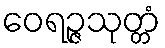
ဝေရဉ္ဇသုတ္တံ